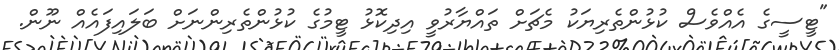
"ޓީސީގެ އެއްވެސް ކުޅުންތެރިޔަކު މެޗަށް ތައްޔާރުވީ އިދިކޮޅު ޓީމުގެ ކުޅުންތެރިންނަށް ބަލައިފައެއް ނޫން.